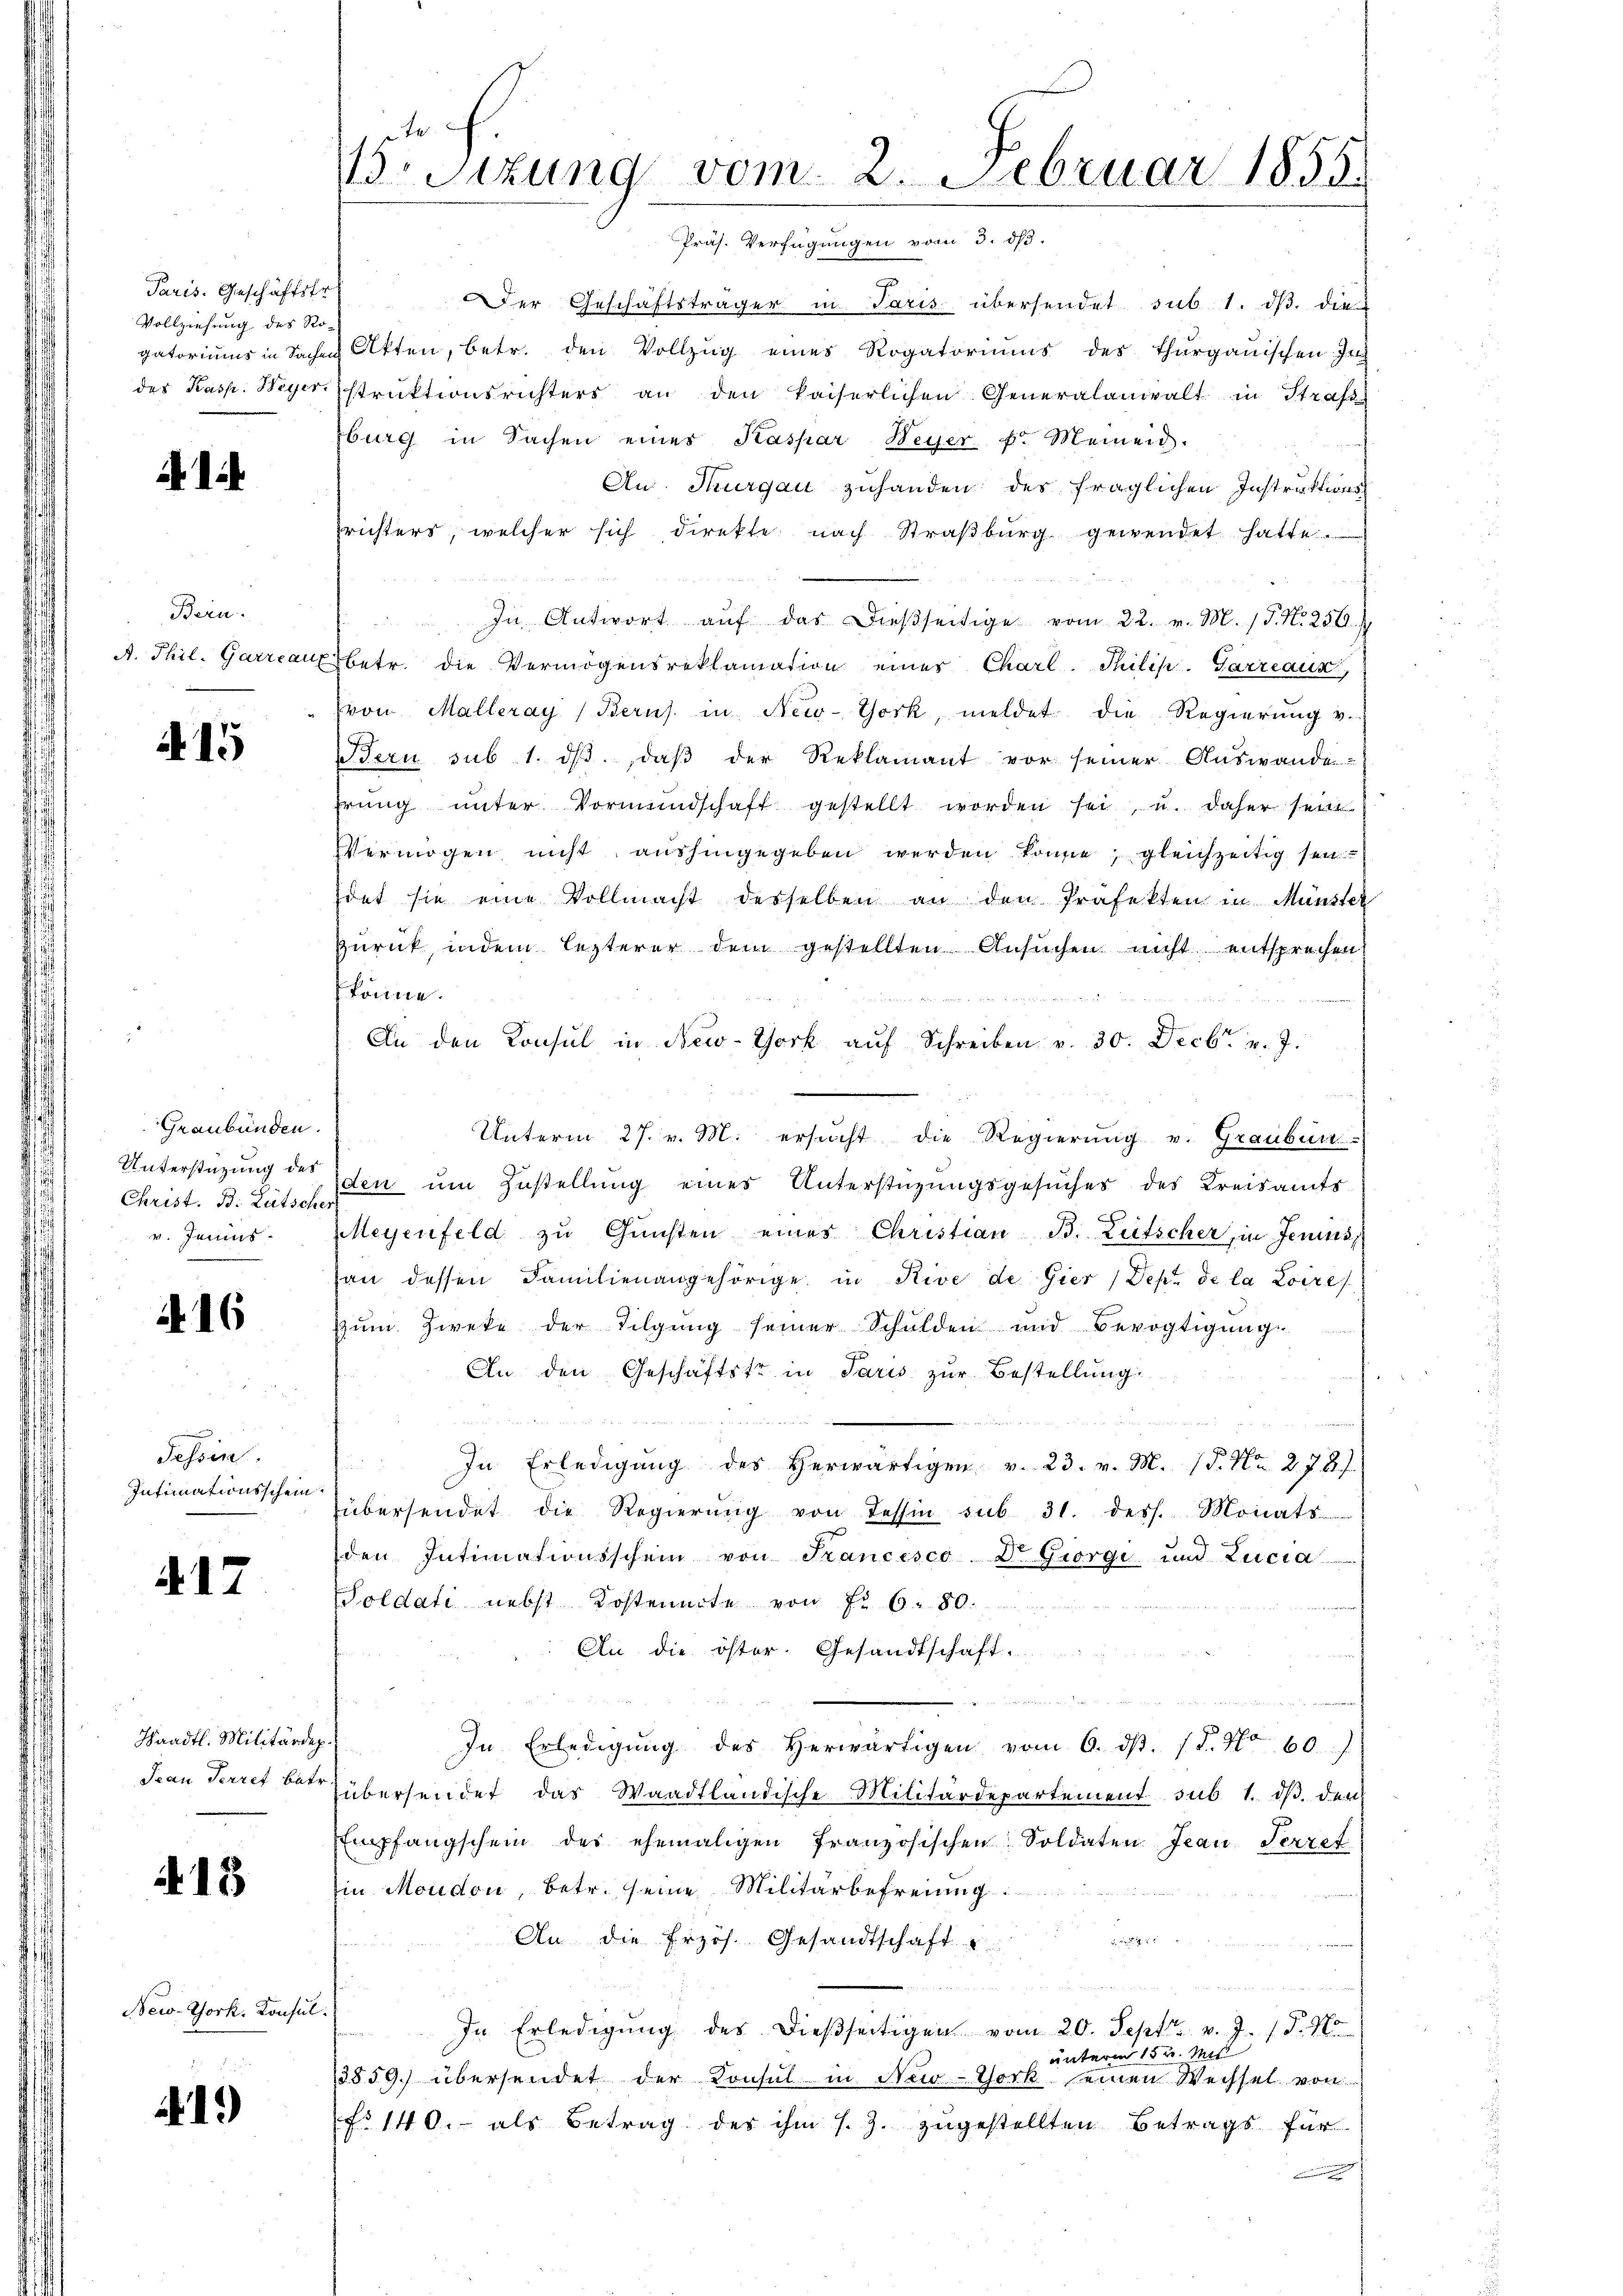
Paris. Geschäftstr
Vollziehung des Ro-
gatoriums in Sachen
das Kasp. Weyer.

414.

Bern.
A. Phil. Garrcau

A 15

Graubünden.
Unterstützung des
Christ. B. Lütsche
v. Janis

246

Tessin.
Intimationsschein

. 17

Waadt. Militärdep
Jean Perret betr

413

New-York. Konsul

1.)

Wesizung vom 2. Februar 1855.
vam 3. ds.
J

7
Der Geschäftsträger in Paris übersendet sub 1. ds. die
Akten, betr. den Vollzug eines Rogatoriums des Thurgauischen In
struktionsrichters an den kaiserlichen Generalanwalt in Strafe
burg in Sachen eines Kaspar Weyer f. Meinen.
Au. Thurgau zuhanden des fraglichen Instruktions
richters welcher sich direkte nach Straβbŭrg gewendet hatte.
R Br 4
In Antwort aŭf das dießseitige vom 22. v. M. (T. N. 250.
betr. die Vermögensreklamation eines Charl. Philip. Garzeaux,
(von Malleray (Berns. in New-York, meldet die Regierung v.
Bern sub 1. dβ, daβ der Reklamant vor seiner Auswande
hrŭng ŭnter Vormundschaft gestellt worden sei, u. daher sein
Vermögen nicht aushingegeben werden könne; gleichzeitig sei
det sie eine Vollmacht desselben an den Präfekten in Münster
zurück, indem lezterer dem gestellten Ansuchen nicht entsprechen
könne.
In den Konsul in New-York auf Schreiben v. 30. Decbr. v. J.
Unterm 27. v. M. ersucht die Regierŭng v. Graubün
den um Zustellung eines Unterstüzungsgesuches des Kreisamts
Meyenfeld zŭ Gŭnsten eines Christian B. Lütscher, in Jenins
an dessen Familienangehörige in Rive de Gier (Dep. de la Loire
Zum Zweke der Tilgung seiner Schulden und Bevogtigung
An den Geschäftstr in Paris zur Bestellung.
In Erledigŭng des herwärtigen v. 23. v. M. 18. No. 278
übersendet die Regierung von Tessin sub 31. dess. Monats
den Intimationsschein von Francesco Dr. Giorgi und Lucia
Poldati nebst Kosteuerte von Fr. 6. 80.
An die öster. Gesandtschaft.
n
In Erledigŭng des herwärtigen vom 6. dβ. (T. No. 60.)
übersendet das Waadtländische Militärdepartement sub 1. dβ. den
Empfangschein des ehemaligen französischen Soldaten Jean Terzet
Ein Moudon, betr. seine Militärbefreung

An die frzös. Gesandtschaft u
In Erledigŭng des dießseitigen vom 20. Sept. v. J. 18. No
unterm 15. Mit
3859.) übersendet der Konsul in New-York seinen Wechsel von
No 140. als Betrag der ihm s. Z. zugestellten Betrags für
f